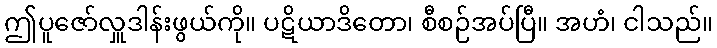
ဤပူဇော်လှူဒါန်းဖွယ်ကို။ ပဋိယာဒိတော၊ စီစဉ်အပ်ပြီ။ အဟံ၊ ငါသည်။